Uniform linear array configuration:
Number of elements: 12
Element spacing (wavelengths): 0.5
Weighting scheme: uniform
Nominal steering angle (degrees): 60
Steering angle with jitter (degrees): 58.347
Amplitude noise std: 0.05
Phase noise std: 0.05

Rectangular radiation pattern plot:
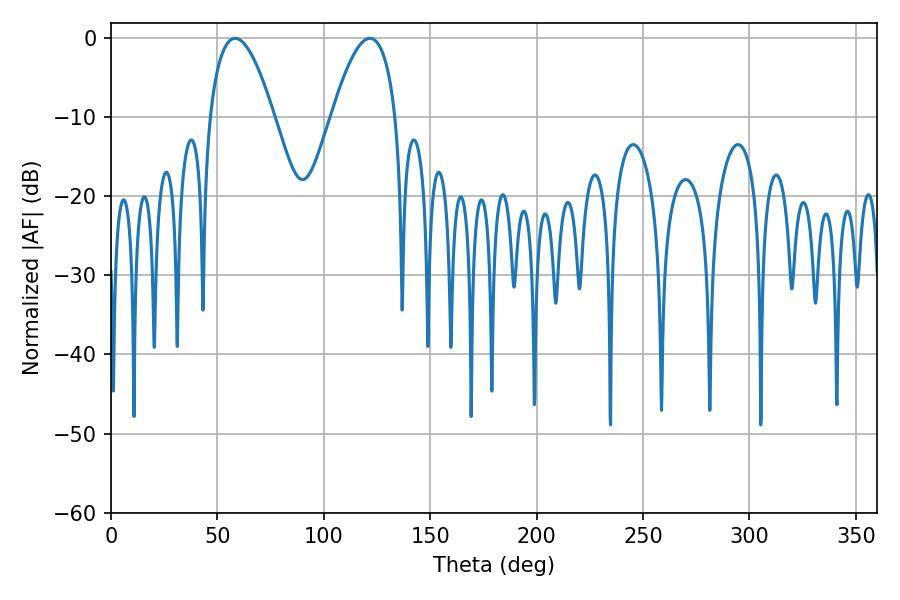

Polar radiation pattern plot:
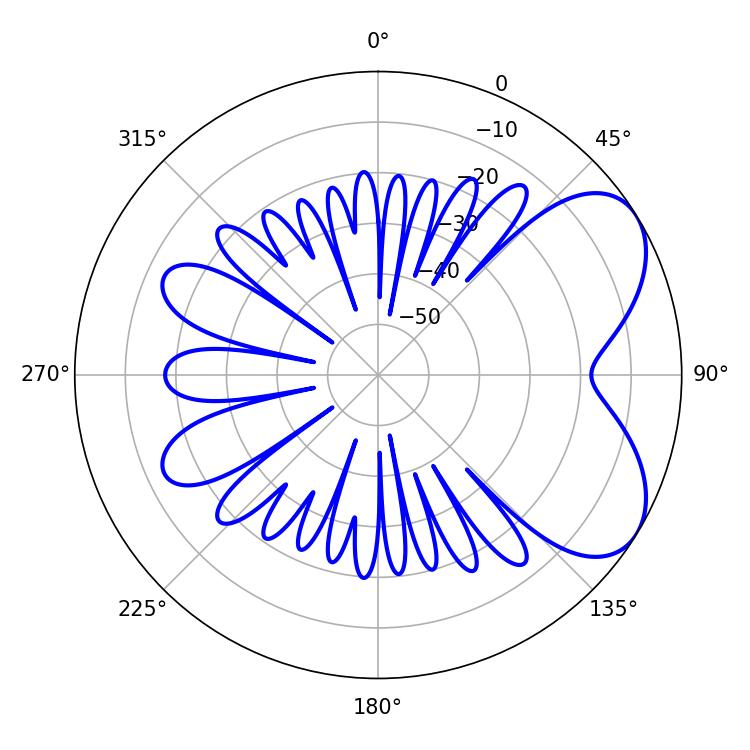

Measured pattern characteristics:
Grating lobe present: FALSE
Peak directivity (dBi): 5.82
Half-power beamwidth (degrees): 16.56
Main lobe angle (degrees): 58.32